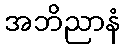
အဘိညာနံ